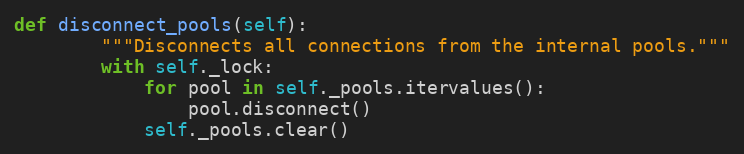
Language: Python
def disconnect_pools(self):
        """Disconnects all connections from the internal pools."""
        with self._lock:
            for pool in self._pools.itervalues():
                pool.disconnect()
            self._pools.clear()